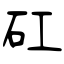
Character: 矼